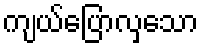
ကျယ်ပြောလှသော